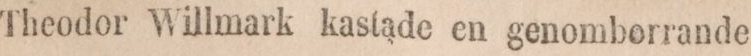
Theodor Willmark kastade en genomborrande